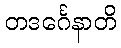
တဒင်္ဂေနာတိ